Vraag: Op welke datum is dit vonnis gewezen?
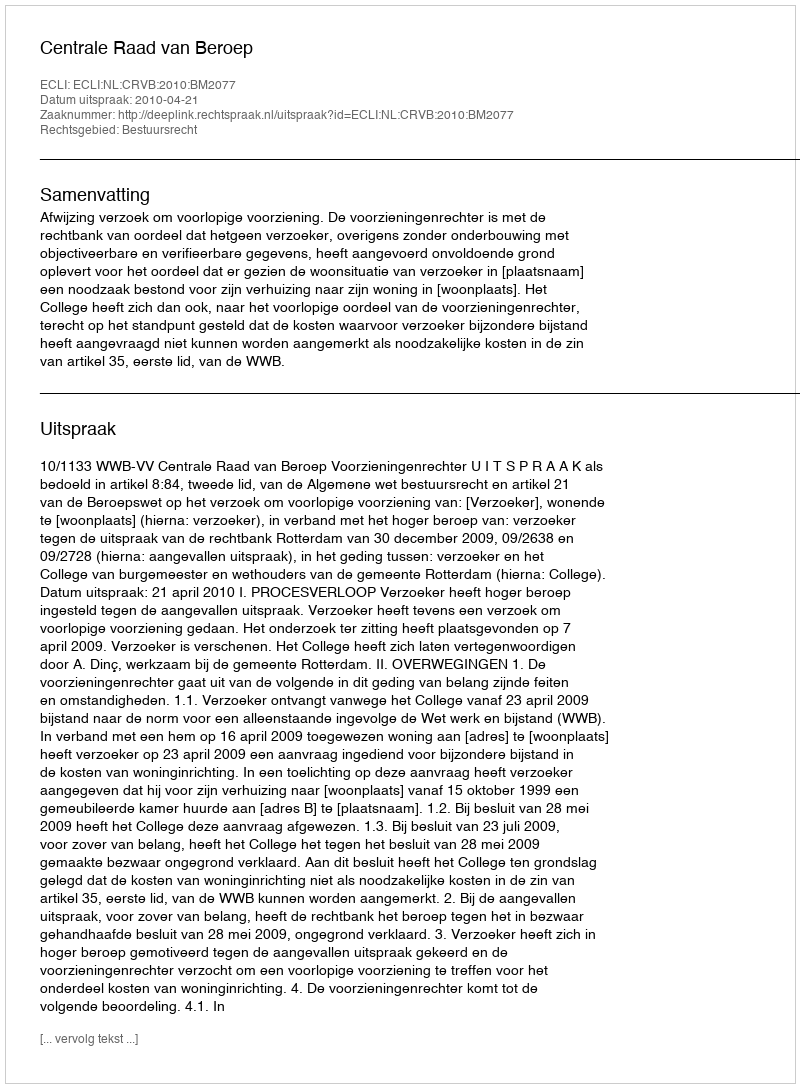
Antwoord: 2010-04-21